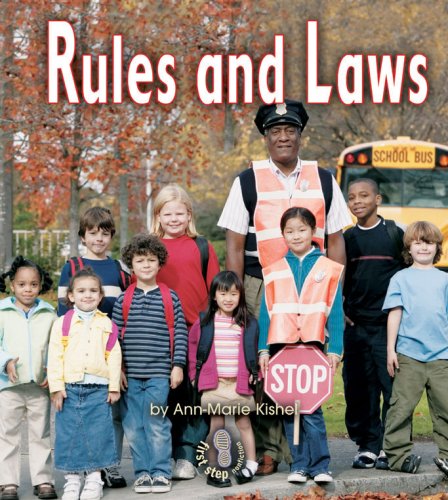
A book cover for Rules and Laws (First Step Nonfiction); Ann-Marie Kishel; Children's Books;